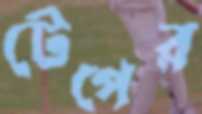
টেপের